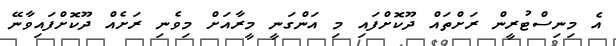
އެ މިނިސްޓުރީން ރަށްތައް ދޫކޮށްފައި މި އަންގަނީ މީރާއަށް މިވެނި ރަށެއް ދޫކޮށްފައިވާނޭ